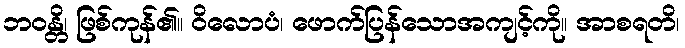
ဘဝန္တိ၊ ဖြစ်ကုန်၏။ ဝိလောပံ၊ ဖောက်ပြန်သောအကျင့်ကို။ အာစရတိ၊